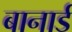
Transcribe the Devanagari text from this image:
बानार्ड